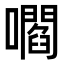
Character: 嚪